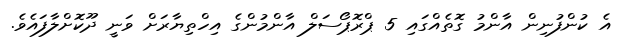
އެ ކުންފުނިން އާންމު ގޮތެއްގައި 5 ޕްރޮޕޯސަލް އާންމުންގެ އިހްތިޔާރަށް ވަނީ ދޫކޮށްލާފައެވެ.